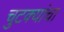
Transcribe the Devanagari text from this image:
चुटक्यांचा